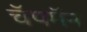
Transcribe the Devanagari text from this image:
चॅपमॅन